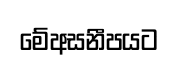
මේඅසනීපයට